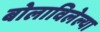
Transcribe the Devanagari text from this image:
बोलाविलेल्या